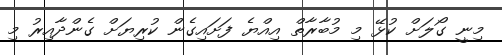
މިނީ ގޯލަށް ކުޅޭ މި މުބާރާތް އިއްޔެ ފަށައިގެން ކުރިޔަށް ގެންދާއިރު މި